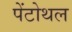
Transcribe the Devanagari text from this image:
पेंटोथल